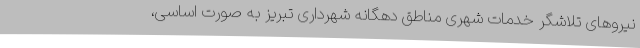
نیروهای تلاشگر خدمات شهری مناطق دهگانه شهرداری تبریز به صورت اساسی،